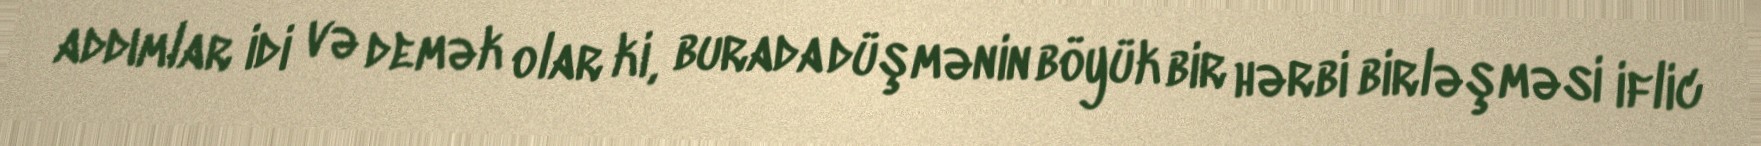
addımlar idi və demək olar ki, burada düşmənin böyük bir hərbi birləşməsi iflic